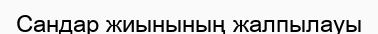
Сандар жиынының жалпылауы